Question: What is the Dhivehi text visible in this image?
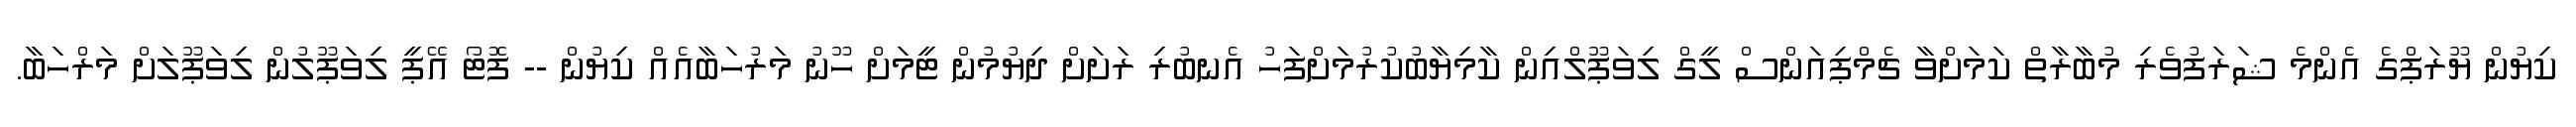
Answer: ކިޔުން ޔޫރަޕްގެ އެންމެ ޝަރަފުވެރި މުބާރާތް ކަމަށްވާ ޗެމްޕިއަންސް ލީގް ލިވަޕޫލްއިން ކާމިޔާބުކުރުމަށްފަހު އެނބުރި ރަށަށް ދިޔުމުން ޓީމަށް ހޫނު މަރުހަބާއެއް ކިޔުން -- ފޮޓޯ އޭޕީ ލިވަޕޫލުން ލިވަޕޫލަށް މަރްހަބާ.